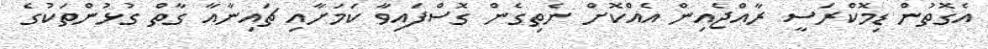
އެގޮތުން ޑިމޮކްރަސީ ރާއްޖެއިން އެއްކޮށް ނެތިގެން ގޮސްފައިވާ ކަމަށާއި ޗައިނާއާ ގާތް ގުޅުންތަކުގެ